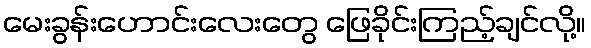
မေးခွန်းဟောင်းလေးတွေ ဖြေခိုင်းကြည့်ချင်လို့။